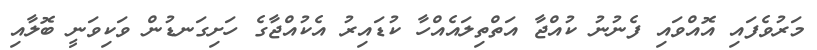
މަރުވެފައި އޮއްވައި ފެނުނު ކުއްޖާ އަތްތިލައެއްހާ ކުޑައިރު އެކުއްޖާގެ ހަށިގަނޑުން ވަކިވަނީ ބޮލާއި